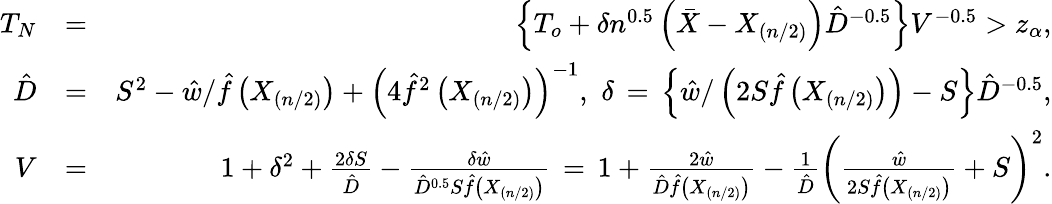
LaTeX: \begin{array}{rlr}{T_{N}}&{=}&{\left\{ T_{o}+\delta n^{0.5}\left(\bar{X}-X_{(n/2)}\right)\hat{D}^{-0.5}\right\} V^{-0.5}>z_{\alpha},}\\ {\hat{D}}&{=}&{S^{2}-\hat{w}/\hat{f}\left(X_{(n/2)}\right)+\left(4\hat{f}^{2}\left(X_{(n/2)}\right)\right)^{-1},\, \, \delta\, =\, \left\{ \hat{w}/\left(2S\hat{f}\left(X_{(n/2)}\right)\right)-S\right\} \hat{D}^{-0.5},}\\ {V}&{=}&{1+\delta^{2}+\frac{2\delta S}{\hat{D}}-\frac{\delta\hat{w}}{\hat{D}^{0.5}S\hat{f}\left(X_{(n/2)}\right)}\, =\, 1+\frac{2\hat{w}}{\hat{D}\hat{f}\left(X_{(n/2)}\right)}-\frac{1}{\hat{D}}\left(\frac{\hat{w}}{2S\hat{f}\left(X_{(n/2)}\right)}+S\right)^{2}.}\end{array}